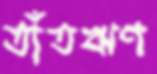
তাঁতঋণ